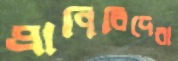
প্রাণিবিদেরা